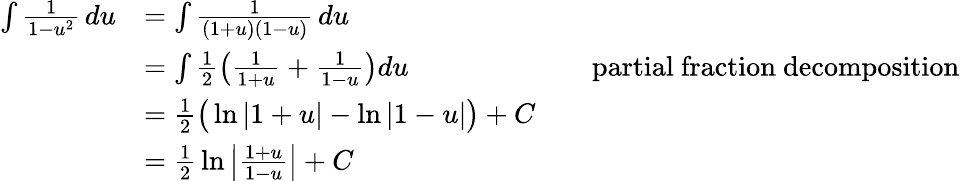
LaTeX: {\begin{array}{rlrl}{\int{\frac{1}{1-u^{2}}}\, du}&{=\int{\frac{1}{(1+u)(1-u)}}\, du}\\ &{=\int{\frac{1}{2}}\! \left({\frac{1}{1+u}}+{\frac{1}{1-u}}\right)du}&&{{\mathrm{partial~fraction~decomposition}}}\\ &{={\frac{1}{2}}{\bigl(}\ln\left|1+u\right|-\ln\left|1-u\right|{\bigr)}+C}\\ &{={\frac{1}{2}}\ln\left|{\frac{1+u}{1-u}}\right|+C}\end{array}}